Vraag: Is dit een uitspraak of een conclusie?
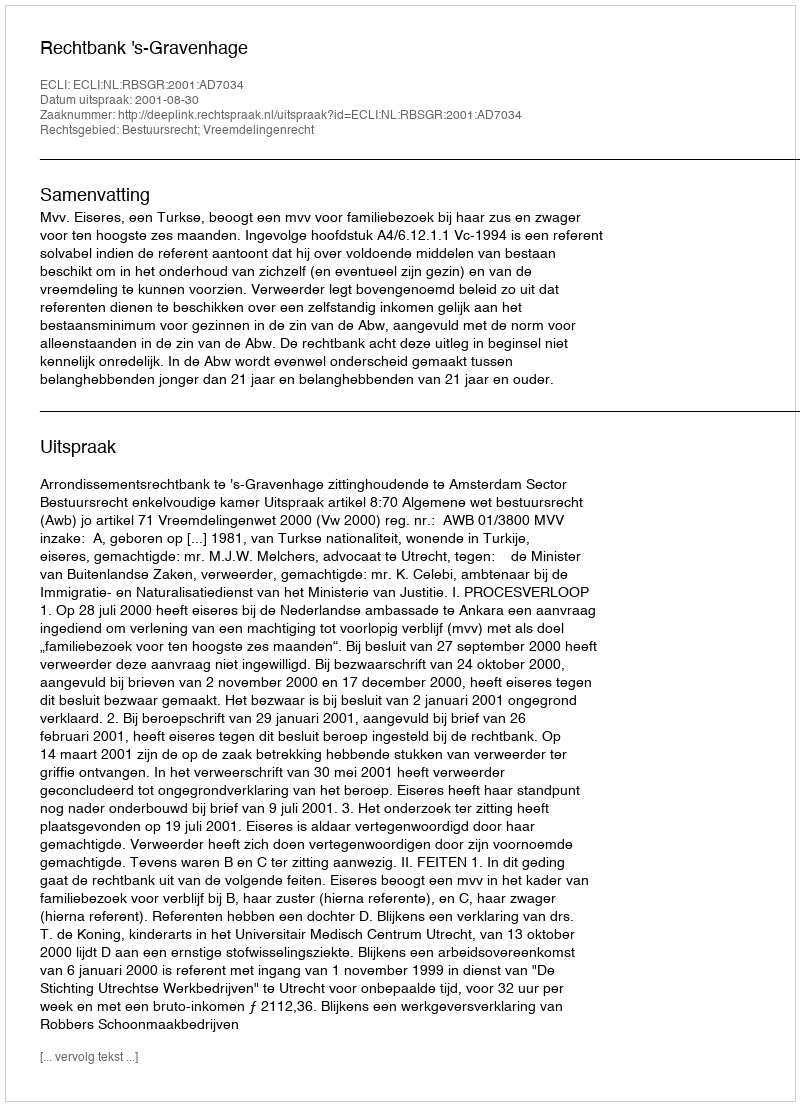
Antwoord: Uitspraak